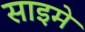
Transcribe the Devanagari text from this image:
साइमे